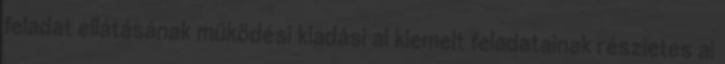
feladat ellátásának működési kiadási ai kiemelt feladatainak részletes ai